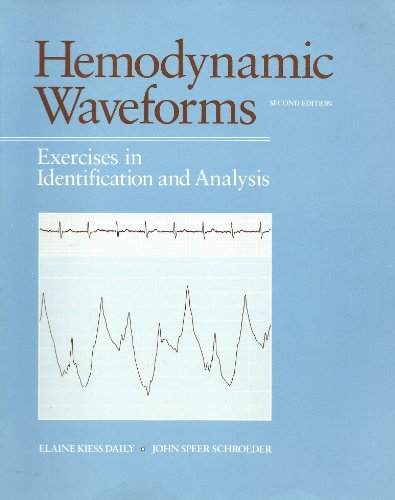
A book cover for Hemodynamic Waveforms: Exercises in Identification and Analysis; Elaine Kiess Daily; Medical Books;